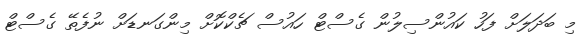
މި ބަދަލަށް ފަހު ކައުންސިލުން ގެސްޓް ހައުސް ޗެކްކޮށް މިންގަނޑަށް ނުފެތޭ ގެސްޓް